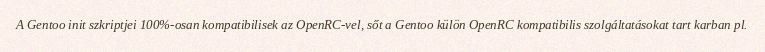
A Gentoo init szkriptjei 100%-osan kompatibilisek az OpenRC-vel, sőt a Gentoo külön OpenRC kompatibilis szolgáltatásokat tart karban pl.